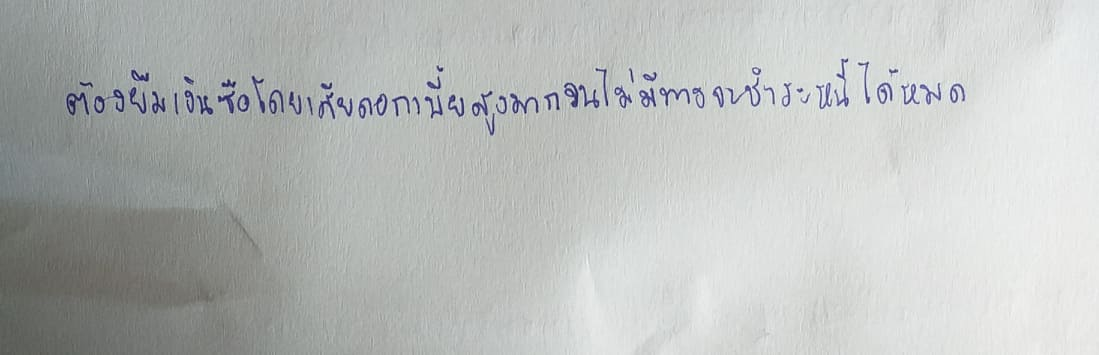
ต้องยืมเงินซื้อโดยเสียดอกเบี้ยสูงมากจนไม่มีทางจะชำระหนี้ได้หมด